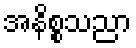
အနိစ္စသညာ